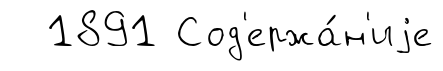
1891 Сод'ержа́н'иjе